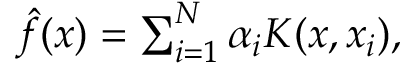
\begin{array} { r } { \hat { f } ( x ) = \sum _ { i = 1 } ^ { N } \alpha _ { i } K ( x , x _ { i } ) , } \end{array}